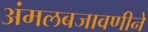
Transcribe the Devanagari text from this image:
अंमलबजावणीने